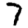
Digit: 7